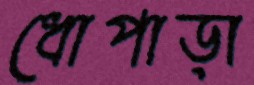
ধোপাড়া